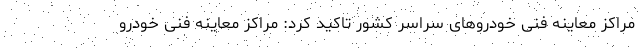
مراکز معاینه فنی خودروهای سراسر کشور تاکید کرد: مراکز معاینه فنی خودرو